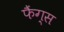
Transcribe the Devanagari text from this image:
फैंग्स